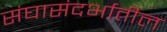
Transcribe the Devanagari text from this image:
संघासंदर्भातील